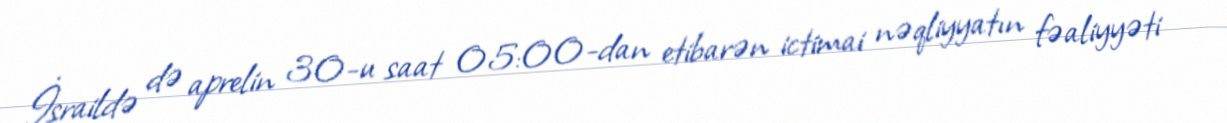
İsraildə də aprelin 30-u saat 05:00-dan etibarən ictimai nəqliyyatın fəaliyyəti